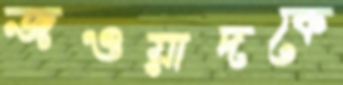
জওয়াদকে